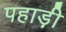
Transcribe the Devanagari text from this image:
पहाड़़ी